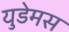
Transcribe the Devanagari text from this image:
युडेमस